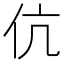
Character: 伉